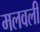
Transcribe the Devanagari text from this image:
मलवली